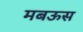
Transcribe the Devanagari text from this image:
मबऊस